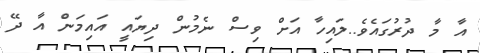
އާ މާ ދުރުގައެވެ..ލައިހާ އަށް ވިސް ނެމުން ދިޔައީ އައިމަން އާ ދޭ